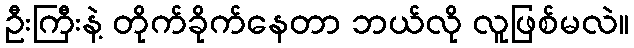
ဦးကြီးနဲ့ တိုက်ခိုက်နေတာ ဘယ်လို လူဖြစ်မလဲ။